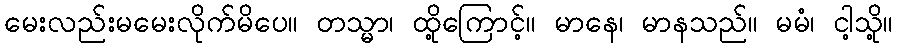
မေးလည်းမမေးလိုက်မိပေ။ တသ္မာ၊ ထို့ကြောင့်။ မာနေ၊ မာနသည်။ မမံ၊ ငါ့သို့။